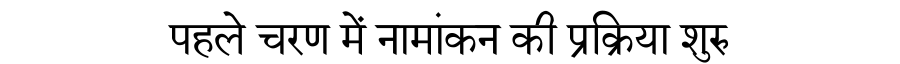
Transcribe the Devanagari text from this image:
पहले चरण में नामांकन की प्रक्रिया शुरु